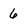
Character: 6